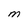
Character: M